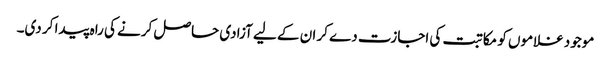
موجود غلاموں کو مکاتبت کی اجازت دے کر ان کے لیے آزادی حاصل کرنے کی راہ پیدا کر دی۔